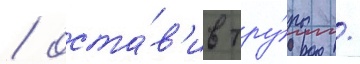
/ оста́в'ив тру́пы /